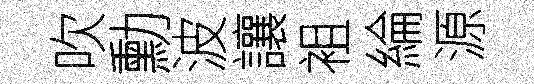
吹勳波讓袓綸源